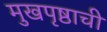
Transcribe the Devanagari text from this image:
मुखपृष्ठाची